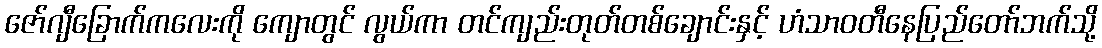
ဇော်ဂျီခြောက်ကလေးကို ကျောတွင် လွယ်ကာ တင်ကျည်းတုတ်တစ်ချောင်းနှင့် ဟံသာဝတီနေပြည်တော်ဘက်သို့